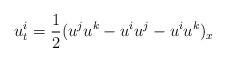
LaTeX: \begin{align*} u^i_t=\frac{1}{2}(u^ju^k-u^iu^j-u^iu^k)_x\end{align*}